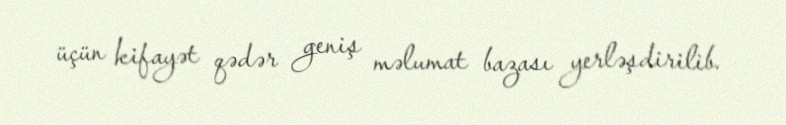
üçün kifayət qədər geniş məlumat bazası yerləşdirilib.